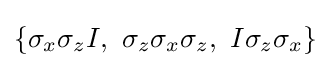
\{\sigma _{x}\sigma _{z}I,\ \sigma _{z}\sigma _{x}\sigma _{z},\ I\sigma _{z}\sigma _{x}\}